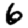
Digit: 6